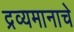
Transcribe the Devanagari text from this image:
द्रव्यमानाचे